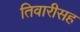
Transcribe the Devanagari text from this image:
तिवारीसह